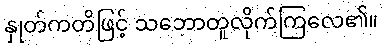
နှုတ်ကတိဖြင့် သဘောတူလိုက်ကြလေ၏။